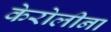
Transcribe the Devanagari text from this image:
केरोलीना